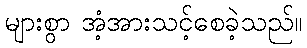
များစွာ အံ့အားသင့်စေခဲ့သည်။